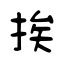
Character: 挨